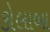
કોલાબા